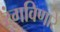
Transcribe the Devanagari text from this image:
रंगविणारे